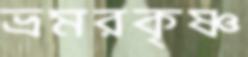
ভ্রমরকৃষ্ণ